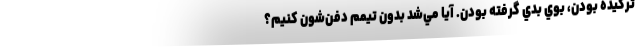
تركيده بودن، بوي بدي گرفته بودن. آيا مي‌شد بدون تيمم دفن‌شون كنيم؟